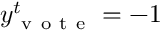
y _ { \mathrm { ~ v ~ o ~ t ~ e ~ } } ^ { t } = - 1